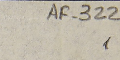
AF- 322 1